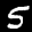
Label: 5